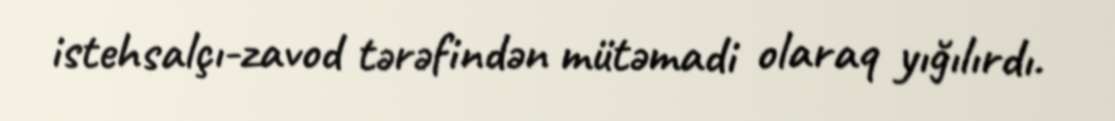
istehsalçı-zavod tərəfindən mütəmadi olaraq yığılırdı.